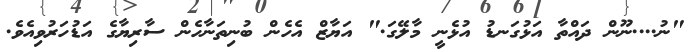
"ނު....ނޫން ދައްތާ އަޅުގަނޑު އުޅެނީ މާލޭގަ." އަޔާޒް އެހެން ބުނިތަނާހެން ސާރިޔާގެ އަޑުހަރުވިއެވެ.